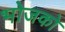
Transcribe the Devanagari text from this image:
भोजको